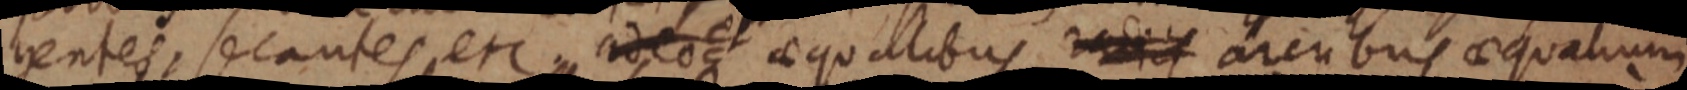
gentes, secantes, etc adeoque et aequalibus radicii arcubus aequalium